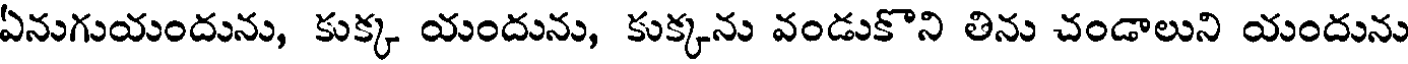
ఏనుగుయందును, కుక్క యందును, కుక్కను వండుకొని తిను చండాలుని యందును